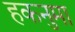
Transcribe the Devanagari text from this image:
हकनुमा